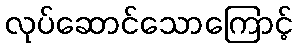
လုပ်ဆောင်သောကြောင့်